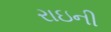
રાઇની